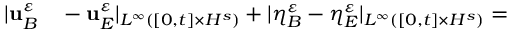
\begin{array} { r l } { | \mathbf { u } _ { B } ^ { \varepsilon } } & { { } - \mathbf { u } _ { E } ^ { \varepsilon } | _ { L ^ { \infty } ( [ 0 , t ] \times H ^ { s } ) } + | \eta _ { B } ^ { \varepsilon } - \eta _ { E } ^ { \varepsilon } | _ { L ^ { \infty } ( [ 0 , t ] \times H ^ { s } ) } = } \end{array}